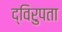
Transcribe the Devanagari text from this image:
द्विरुपता